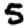
Digit: 5